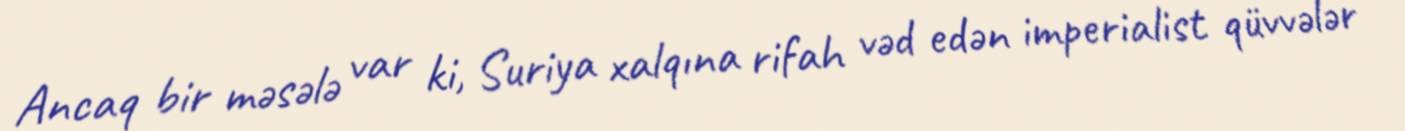
Ancaq bir məsələ var ki, Suriya xalqına rifah vəd edən imperialist qüvvələr